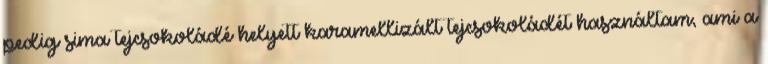
pedig sima tejcsokoládé helyett karamellizált tejcsokoládét használtam, ami a